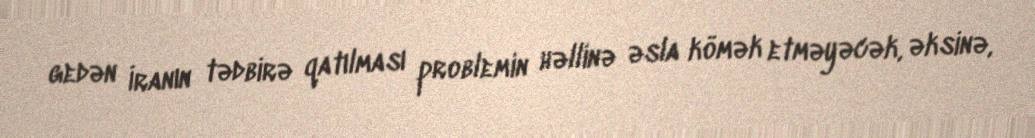
gedən İranın tədbirə qatılması problemin həllinə əsla kömək etməyəcək, əksinə,